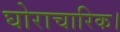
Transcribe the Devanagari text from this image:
घोराचारिक।